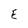
Character: E